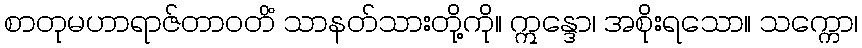
စာတုမဟာရာဇ်တာဝတိံ သာနတ်သားတို့ကို။ ဣန္ဒော၊ အစိုးရသော။ သက္ကော၊